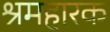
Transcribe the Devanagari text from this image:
श्रमहारक